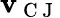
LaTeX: \mathbf{v}_{\mathrm{{~C~J~}}}